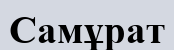
Самұрат